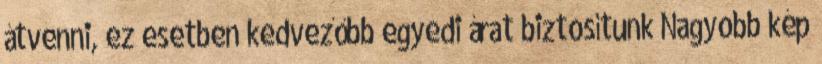
átvenni, ez esetben kedvezőbb egyedi árat biztosítunk Nagyobb kép